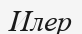
Илер